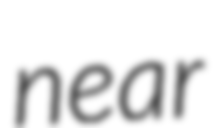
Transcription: near